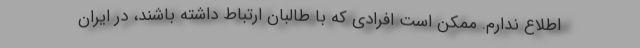
اطلاع ندارم. ممکن است افرادی که با طالبان ارتباط داشته باشند، در ایران